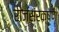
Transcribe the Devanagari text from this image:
राजसंरक्षण